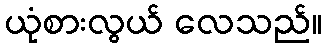
ယုံစားလွယ် လေသည်။